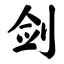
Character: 剑